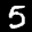
Label: 5